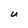
Character: U